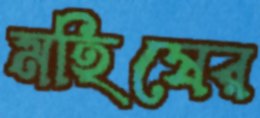
মহিষের